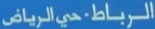
الرياض-حي الرياض